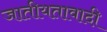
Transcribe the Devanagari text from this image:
जातीयतावादी